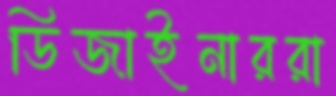
ডিজাইনাররা